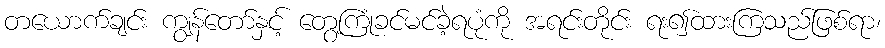
တယောက်ချင်း ကျွန်တော်နှင့် တွေ့ကြုံခင်မင်ခဲ့ရပုံကို အရင်းတိုင်း ရး၍ထားကြသည်ဖြစ်ရာ၊